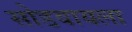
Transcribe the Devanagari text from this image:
सोडवायला